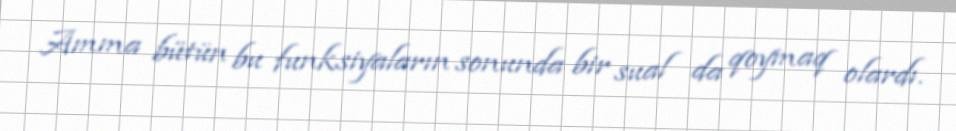
Amma bütün bu funksiyaların sonunda bir sual da qoymaq olardı.